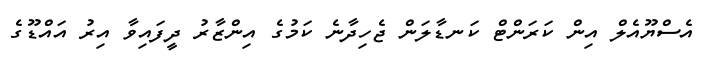
އެސްޔޫއެލް އިން ކަރަންޓް ކަނޑާލަން ޖެހިދާނެ ކަމުގެ އިންޒާރު ދީފައިވާ އިރު އައްޑޫގެ